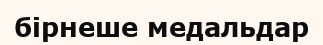
бірнеше медальдар